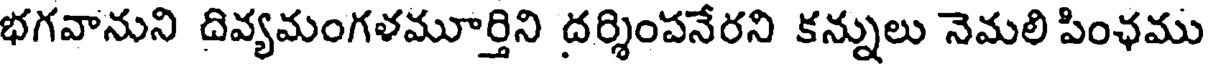
భగవానుని దివ్యమంగళమూర్తిని దర్శింపనేరని కన్నులు నెమలి పింఛము